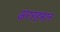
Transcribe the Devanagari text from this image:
अररहमान